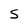
Character: S